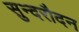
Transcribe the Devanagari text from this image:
सुन्दरौदन